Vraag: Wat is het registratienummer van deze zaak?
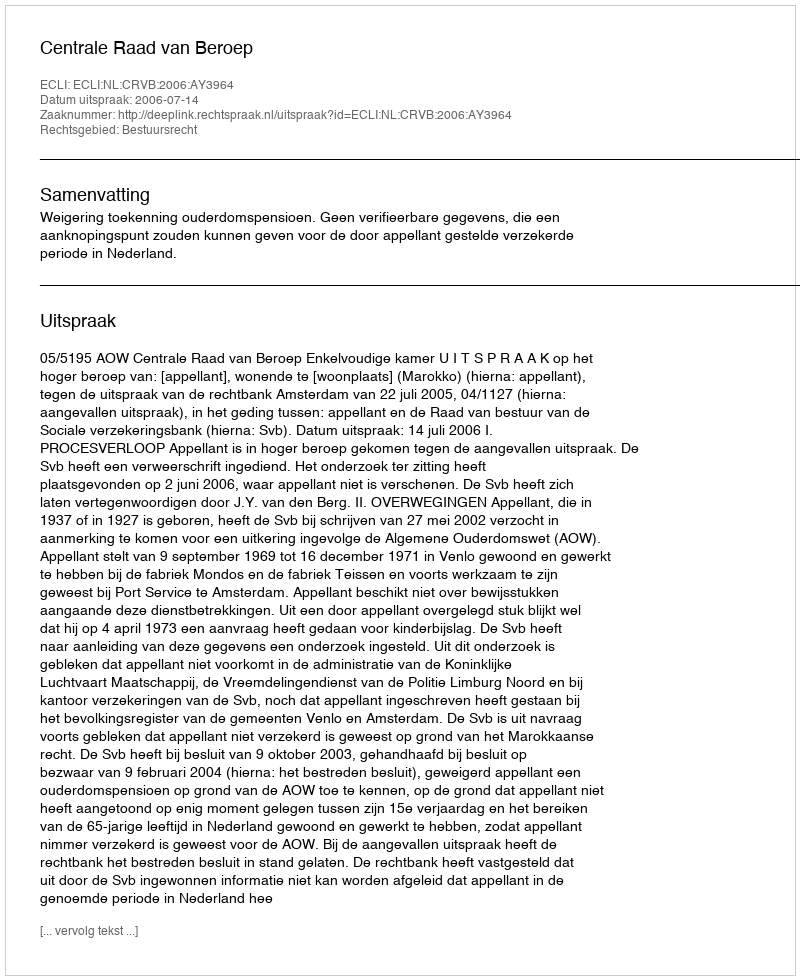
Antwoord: http://deeplink.rechtspraak.nl/uitspraak?id=ECLI:NL:CRVB:2006:AY3964